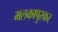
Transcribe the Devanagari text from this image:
मलकापुरकर